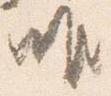
唯